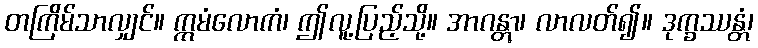
တကြိမ်သာလျှင်။ ဣမံလောကံ၊ ဤလူ့ပြည့်သို့။ အာဂန္တွာ၊ လာလတ်၍။ ဒုက္ခဿန္တံ၊